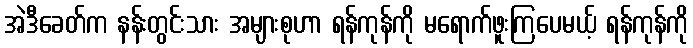
အဲဒီခေတ်က နန်းတွင်းသား အများစုဟာ ရန်ကုန်ကို မရောက်ဖူးကြပေမယ့် ရန်ကုန်ကို